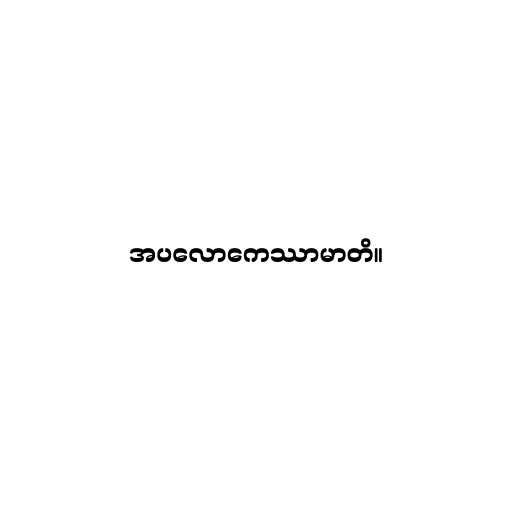
အပလောကေဿာမာတိ။